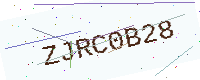
Text: ZJRC0B28